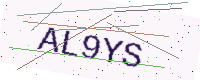
Text: AL9YS